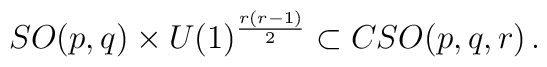
SO(p,q)\times U(1)^{r\left(r-1\right)\over2}\subset CSO(p,q,r)\,.